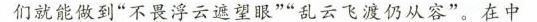
们就能做到”不畏浮云遮望眼””乱云飞渡仍从容”。在中